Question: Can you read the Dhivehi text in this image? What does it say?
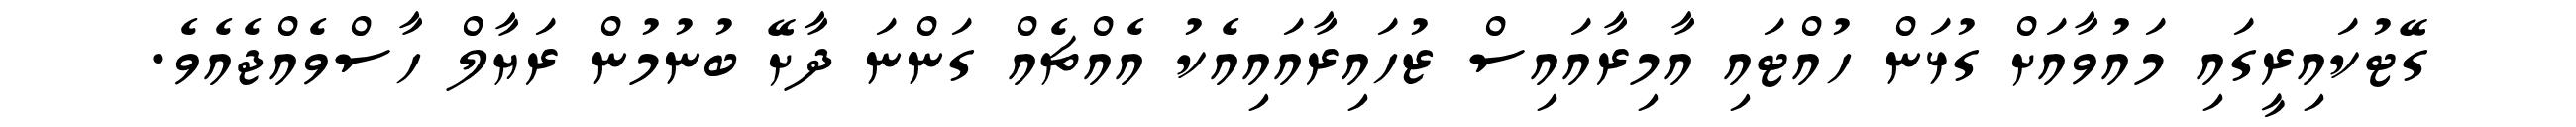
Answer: ގޭޓުކައިރީގައި މައުވާއަށް ގުޅަން ހުއްޓައި އާމިރާއައިސް ޒުހައިރާއައިއެކު އެއްޗެއް ގަންނަ ދާށޭ ބުނުމުން ރަޔާލް ހާސްވެއްޖެއެވެ.